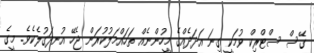
ގޭސް ސްޓްރިކް ވުމަކީ ގިނަ އަދަދެއްގެ މީހުންނެއް ތަހައްމަލުކުރަން ޖެހޭ އުނދަގުލެކެވެ. މީގެ